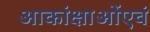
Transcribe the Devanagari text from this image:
आकांक्षाओंएवं